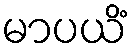
မာပယိံ